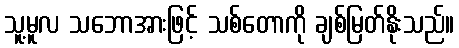
သူ့မူလ သဘောအားဖြင့် သစ်တောကို ချစ်မြတ်နိုးသည်။